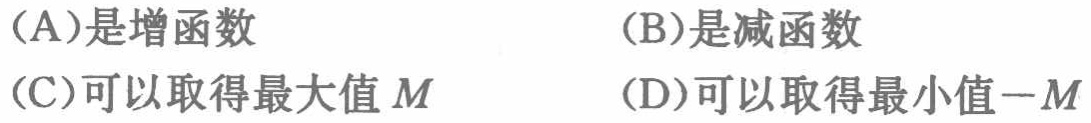
(A)是增函数
(B)是减函数
(C)可以取得最大值\(M\)
(D)可以取得最小值\(-M\)